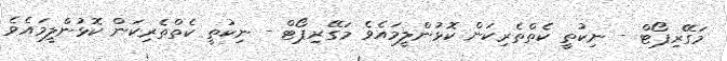
މަގޭރިޕޯޓް - ނިކުތީ ކެތްތެރިކަން ކޮޅުންލީމައެވެ މަގޭރިޕޯޓް - ނިކުތީ ކެތްތެރިކަން ކޮޅުންލީމައެވެ